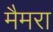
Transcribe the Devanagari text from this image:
मैमरा